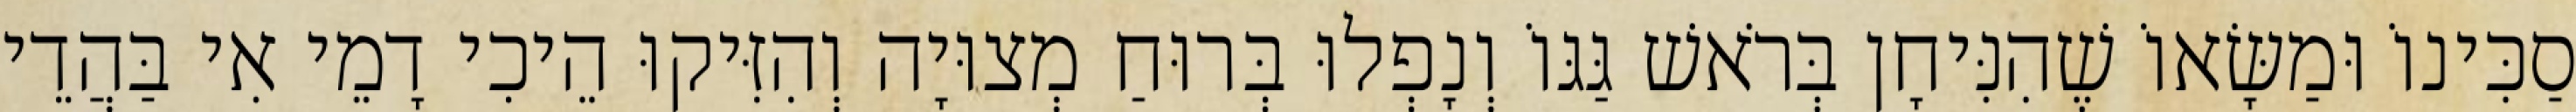
סַכִּינוֹ וּמַשָּׂאוֹ שֶׁהִנִּיחָן בְּרֹאשׁ גַּגּוֹ וְנָפְלוּ בְּרוּחַ מְצוּיָה וְהִזִּיקוּ הֵיכִי דָמֵי אִי בַּהֲדֵי